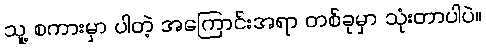
သူ့ စကားမှာ ပါတဲ့ အကြောင်းအရာ တစ်ခုမှာ သုံးတာပါပဲ။